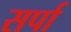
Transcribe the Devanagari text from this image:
सर्पा